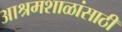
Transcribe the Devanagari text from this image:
आश्रमशाळांसाठी